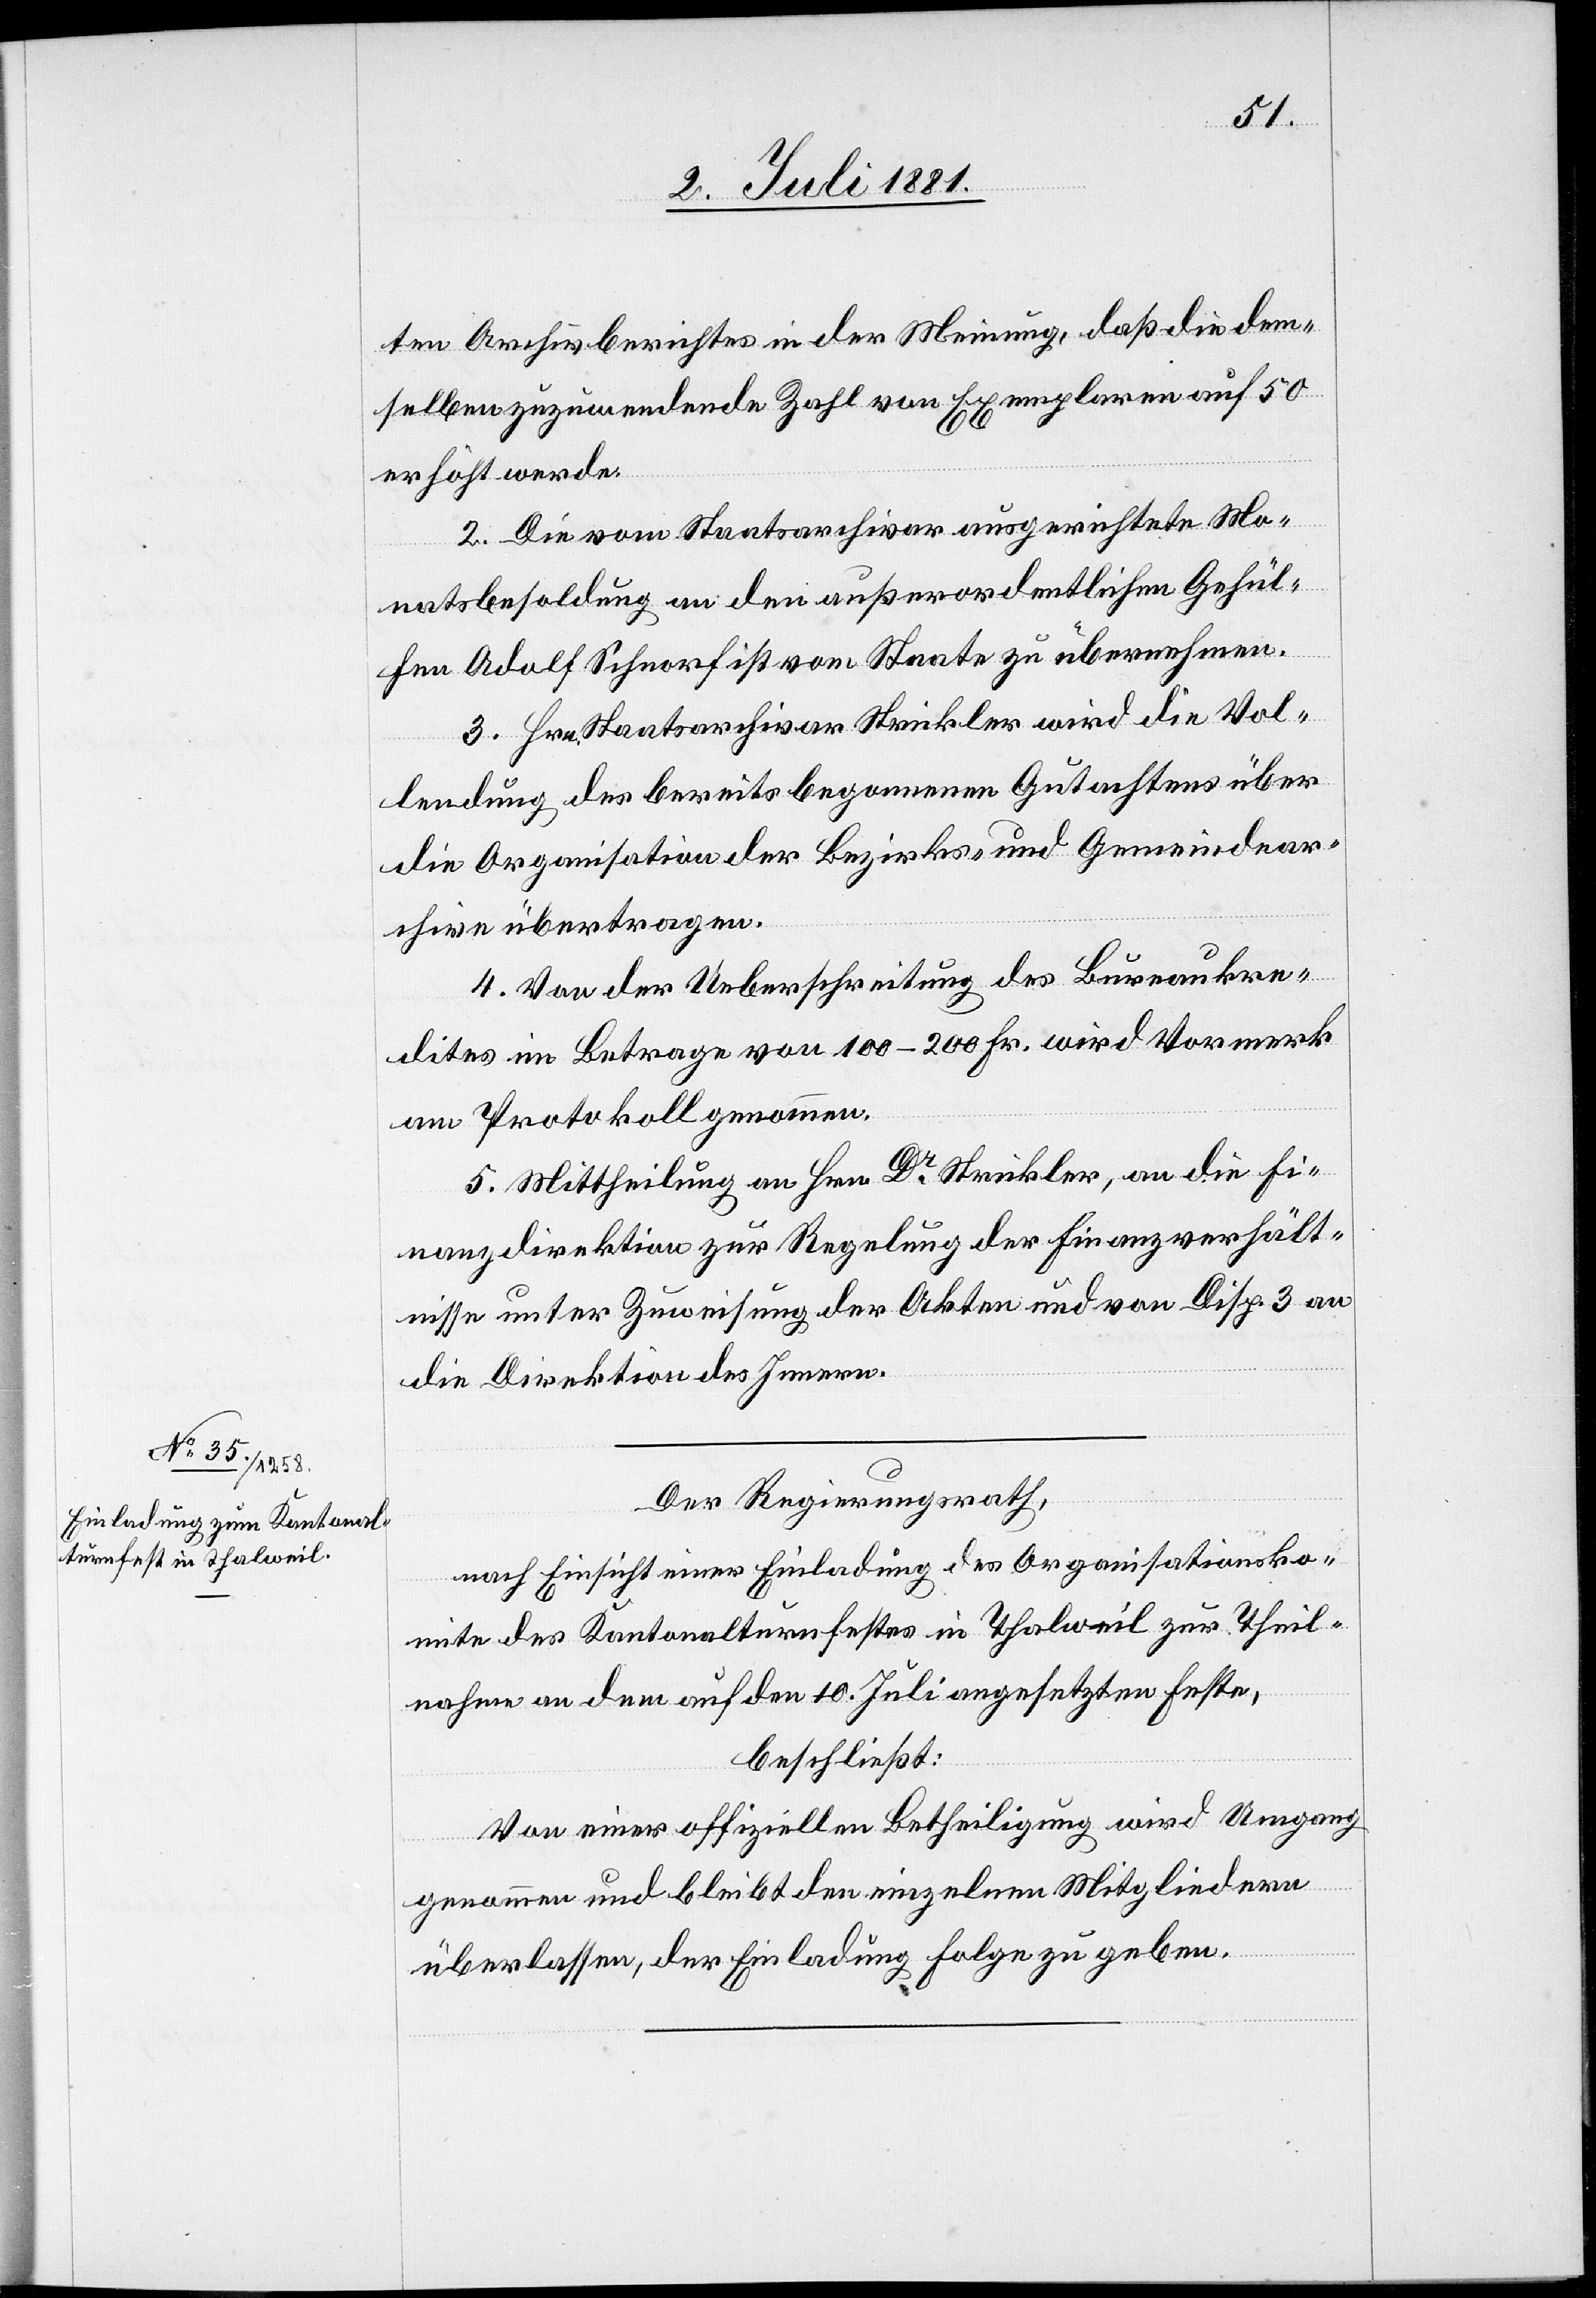
ten Archivberichtes in der Meinung, daß die dem¬
selben zuzuwendende Zahl von Exemplaren auf 50
erhöht werde.
2. Die vom Staatsarchivar ausgerichtete Mo¬
natsbesoldung an den außerordentlichen Gehül¬
fen Adolf Schnorf ist vom Staate zu übernehmen.
3. Hrn. Staatsarchivar Strickler wird die Vol¬
lendung des bereits begonnenen Gutachtens über
die Organisation der Bezirks- & Gemeindear¬
chive übertragen.
4. Von der Ueberschreitung des Bureaukre¬
dites im Betrage von 100–200 Fr. wird Vormerk
am Protokoll genommen.
5. Mittheilung an Hrn. Dr Strickler, an die Fi¬
nanzdirektion zur Regelung der Finanzverhält¬
nisse unter Zuweisung der Akten und von Disp. 3 an
die Direktion des Innern.
Der Regierungsrath,
nach Einsicht einer Einladung des Organisationsko¬
mite des Kantonalturnfestes in Thalweil zur Theil¬
nahme an dem auf den 10. Juli angesetzten Feste,
beschließt:
Von einer offiziellen Betheiligung wird Umgang
genommen und bleibt den einzelnen Mitgliedern
überlassen, der Einladung Folge zu geben.